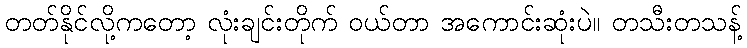
တတ်နိုင်လို့ကတော့ လုံးချင်းတိုက် ဝယ်တာ အကောင်းဆုံးပဲ။ တသီးတသန့်